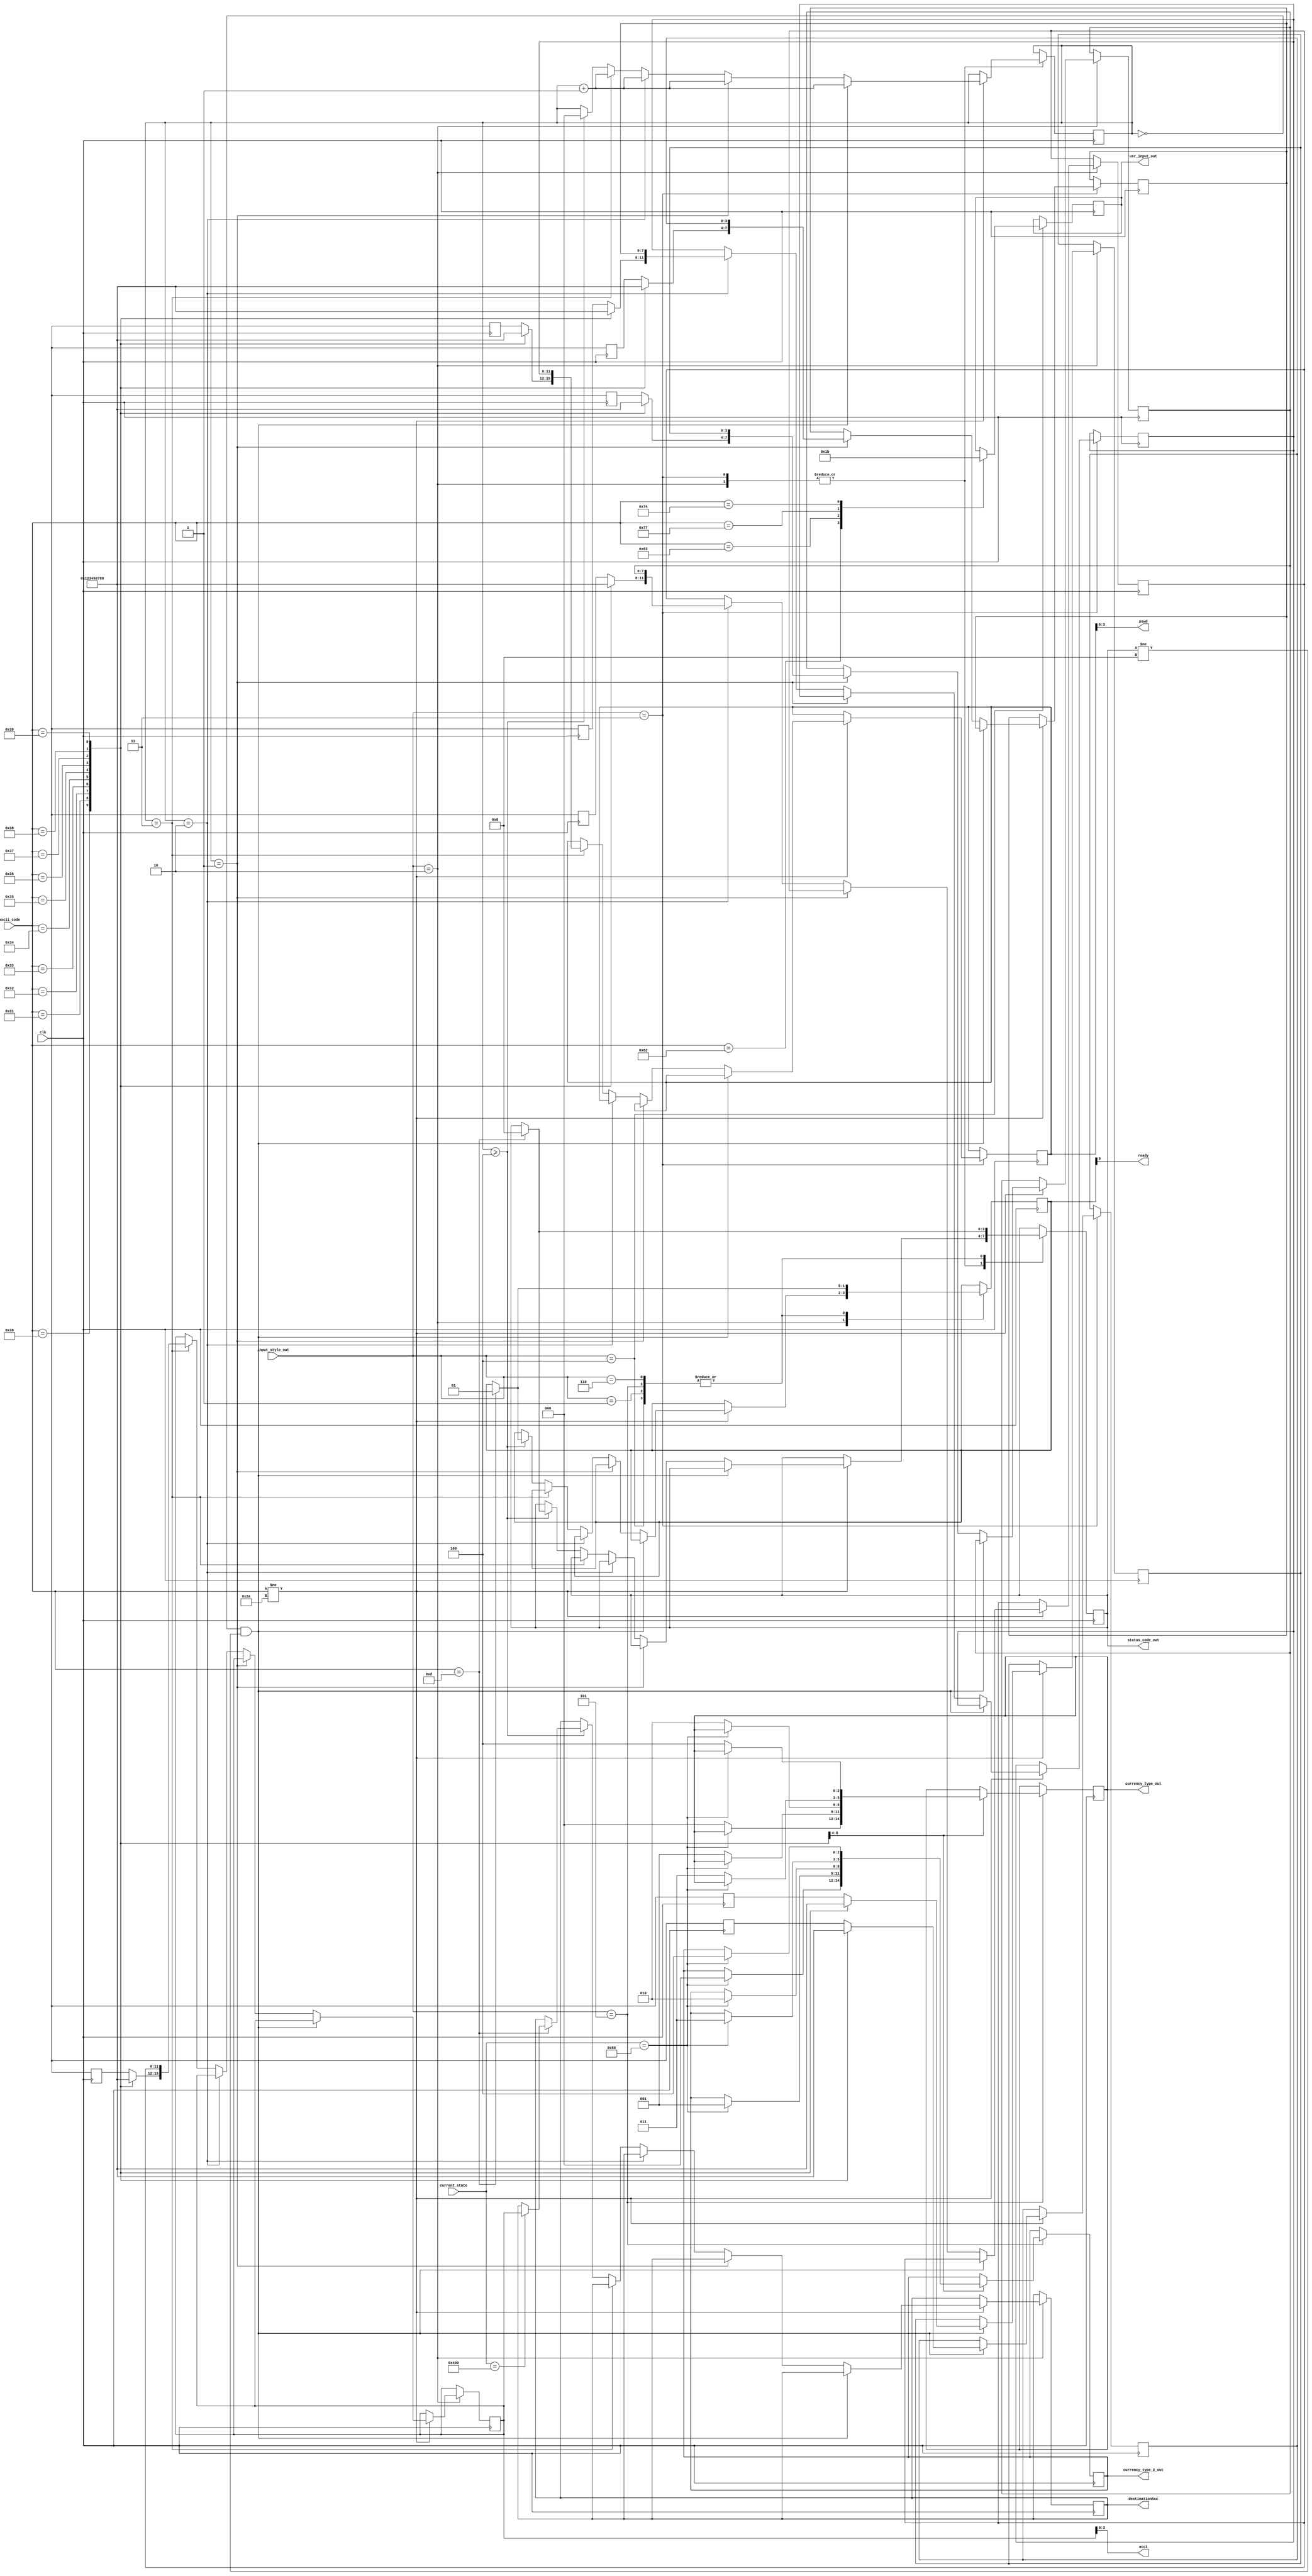
`timescale 1ns / 1ps
//////////////////////////////////////////////////////////////////////////////////
// Company: 
// Engineer: 
// 
// Design Name: 
// Module Name: user_input
// Project Name: 
// Target Devices: 
// Tool Versions: 
// Description: 
// 
// Dependencies: 
// 
// Revision:
// Revision 0.01 - File Created
// Additional Comments:
// 
//////////////////////////////////////////////////////////////////////////////////


// PROGRAM TO SEND READY SIGNAL FOR EVERYTHING
// asciitobinary.v calls are embedded


module user_input(
    input clk,
    input  [7:0] ascii_code,
    input  [3:0] input_style_out,
    input [15:0] current_state,
    output ready,
    output [3:0] status_code_out,
    output [3:0] pswd,
    output [3:0] acct,
    output [1:0] usr_input_out,
    output [2:0] currency_type_out,
    output [2:0] currency_type_2_out,
    output [15:0] destinationAcc
    );
    reg[3:0] a;
    reg[3:0] a1; // asciitobinary conversion temporary reg
    reg[7:0] a2;
    reg [11:0] a3;
    reg [15:0] a4;
  
    reg[3:0] a12; // asciitobinary conversion temporary reg
    reg[7:0] a22;
    reg [11:0] a32;
    reg [15:0] a42;
  
    reg[3:0] status_codes;
    reg[1:0] usr_inputs;
    reg[2:0] currency_type;
    reg[2:0] currency_type_2;
    reg[15:0] destinationa;
    
    reg[1:0] ready_reg;
  	//reg done=0;

    parameter [2:0]
        USD = 3'b000,
        BTC = 3'b001,
        ETH = 3'b010,
        XRP = 3'b011,
        LTC = 3'b100;
        
    parameter [3:0] 
        ACC_FOUND = 4'b0001,
        ACC_NOT_FOUND = 4'b0010,
        PIN_CORRECT = 4'b0011,
        PIN_INCORRECT = 4'b0100,
        AMT_VALID = 4'b0101,
        AMT_INVALID = 4'b0110,
        EXIT = 4'b0111,
        INPUT_COMPLETE = 4'b1000;
        
    parameter [3:0]
        SINGLE_KEY = 4'b0001,
        ACC_NUMBER = 4'b0010,
        PIN_NUMBER = 4'b0011,
        MENU_SELECTION = 4'b0100,
        CURRENCY_TYPE = 4'b0101,
        CURRENCY_AMOUNT = 4'b0110;
        
    parameter [1:0]
        BALANCE = 2'b00,
        CONVERT = 2'b01,
        WITHDRAW_OPTION = 2'b10,
        TRANSFER_OPTION = 2'b11;
        
    parameter [15:0] // I made this encoding scheme so i could light up debug LEDs but there are too many states lol
                     // These will probably change but wont affect any other modules
        IDLE = 16'b0000000000000001,
        ACC_NUM = 16'b0000000000000010,
        PIN_INPUT = 16'b0000000000000100,
        MENU = 16'b0000000000001000,
        SHOW_BALANCES = 16'b0000000000010000,
        CONVERT_CURRENCY = 16'b0000000000100000,
        SELECT_CURRENCY_CONVERT_1 = 16'b0000000001000000,
        SELECT_CURRENCY_CONVERT_2 = 16'b0000000010000000,
        WITHDRAW = 16'b0000000100000000,
        SELECT_AMOUNT_WITHDRAW = 16'b0000001000000000,
        TRANSFER = 16'b0000010000000000,
        SELECT_CURRENCY_TRANSFER = 16'b0000100000000000,
        SELECT_AMOUNT_TRANSFER = 16'b0001000000000000,
        ERROR = 16'b0010000000000000,
        SUCCESS = 16'b0100000000000000;    
    
    reg [2:0] count =0;
    
    initial begin
    status_codes = 0;
    end
    
    /*
    `define CLOCK_FREQ 100000000 // 100 MHz clk
    `define TIME_DELAY 3 // seconds
    reg [31:0] timer = 0;
    */
    //assign do_something = (timer==`CLOCK_FREQ*`TIME_DELAY); //3 second pause
  
   task ascii2binary;
	input [7:0] digits_byte;  
	output [3:0]out;	
	begin
		case (digits_byte)
		8'h30: out = 4'b0000;		//ASCII hex 30 = 0 in Binary
		8'h31: out = 4'b0001;		//ASCII hex 31 = 1 in Binary
		8'h32: out = 4'b0010;		//ASCII hex 32 = 2 in Binary
		8'h33: out = 4'b0011;		//ASCII hex 33 = 3 in Binary
		8'h34: out = 4'b0100;		//ASCII hex 34 = 4 in Binary
		8'h35: out = 4'b0101; 		//ASCII hex 35 = 5 in Binary
		8'h36: out = 4'b0110;		//ASCII hex 36 = 6 in Binary
		8'h37: out = 4'b0111;		//ASCII hex 37 = 7 in Binary
		8'h38: out = 4'b1000;		//ASCII hex 38 = 8 in Binary
		8'h39: out = 4'b1001;		//ASCII hex 39 = 9 in Binary
		endcase
	end
   endtask
    
    always @(posedge clk) begin
    /*
    if (ascii_code == 8'h71) begin   // q
        status_codes = EXIT;
    end
    */
    case(input_style_out)
        ACC_NUMBER: begin
        //done<=0;
          if (ascii_code != 8'h2A) begin
            //Concatenation code for ACC_NUMBER  
            if((count == 3'b000) & (status_codes != INPUT_COMPLETE)) begin
                //a <= 4'b0000;
                //acct <= 16'b000000000000000;
                count <= count+1'b1;
                ascii2binary(ascii_code[7:0],a); 
                a1 <= a[3:0]; // 0 is the pin's LSB
              //done <= 1;
            end
            else if(count == 3'b001) begin
                //a <= 8'b00000000;
                count <= count+1'b1;
                ascii2binary(ascii_code[7:0],a);
                a2 <= {a[3:0],a1};
              //done <= 1;
            end
            else if(count == 3'b010) begin
                //a3 <= 12'b000000000000;
                count <= count+1'b1;
                ascii2binary(ascii_code[7:0],a);
                a3 <= {a[3:0],a2};
             // ascii_code <= 8'h2A;
              //done <= 1;
            end
            else if(count == 3'b011) begin
                //a4 <= 16'b0000000000000000;
                count <= count+1'b1;
                ascii2binary(ascii_code[7:0],a);
                a4 <= {a[3:0],a3};
              //ascii_code <= 8'h2A;
              //done <= 1;
            end
            else if(count >= 3'b100) begin    
                //acct <= 16'b000000000000000;             
                //always @(posedge clk) begin
                    // ready signal using enter key
                    if(ascii_code == 8'h0D)         // Enter button pressed
                        begin
                            status_codes = INPUT_COMPLETE;
                            ready_reg = 1'b1;
                            if (current_state == TRANSFER) begin
                                destinationa <= a4;
                            end 
                                //acct <= a4;
                          //ascii_code <= 8'h2A;
                        end
                    //timer <= timer + 1'b1; // waits for 3 seconds       
                //end
                count <= 3'b000;
            end  
        end
        end
        
        PIN_NUMBER: begin
          //done <= 0;
          if (ascii_code != 8'h2A) begin // if code is non-default
            if((count == 3'b000) & (status_codes != INPUT_COMPLETE)) begin // digit1
                //a1 <= 4'b0000;
                //pswd <= 16'b000000000000000;
                count <= count+1'b1;
                ascii2binary(ascii_code[7:0],a);
                a12 <= a[3:0]; // fill the LSB of output   
              //ascii_code <= 8'h2A;
              //done <= 1;
            end
            else if(count == 3'b001) begin
                //a2 <= 8'b00000000;
                count <= count + 1'b1;
                ascii2binary(ascii_code[7:0],a);
              a22 <= {a[3:0], a12};
              //ascii_code <= 8'h2A;
              //done <= 1;
            end
            else if(count == 3'b010) begin
                //a3 <= 12'b000000000000;
                count <= count + 1'b1;
                ascii2binary(ascii_code[7:0],a);
              a32 <= {a[3:0], a22};
              //ascii_code <= 8'h2A;
              //done <= 1;
            end
            else if(count == 3'b011) begin
                //a3 <= 12'b000000000000;
                count <= count + 1'b1;
                ascii2binary(ascii_code[7:0],a);
              a42 <= {a[3:0], a32};
              //ascii_code <= 8'h2A;
              //done <= 1;
            end
            else if(count >= 3'b100) begin
                //pswd <= 16'b0000000000000000;
                //always @(posedge clk) begin
                    // ready signal using enter key
                    if(ascii_code == 8'h0D)         // Enter button pressed
                        begin
                            status_codes = INPUT_COMPLETE;
                            //pswd <= a4;
                          //ascii_code <= 8'h2A;
                        end
                    //timer <= timer + 1'b1; // waits for 3 seconds       
                //end
                count <= 3'b000;
            end
        end
        end
        
        
        
        MENU_SELECTION: begin
            case(ascii_code)
                8'h62: begin                               // b key (balance)
                    usr_inputs = BALANCE;
                    end
                8'h63: begin                               // c (convert currency)
                    usr_inputs = CONVERT;
                    end
                8'h77: begin                               // w (withdraw)
                    usr_inputs = WITHDRAW_OPTION;
                    end
                8'h74: begin                              // t (transfer)
                    usr_inputs = TRANSFER_OPTION;
                    end
            endcase
            //always @(posedge clk) begin
                   // timer <= timer + 1'b1; // waits for 3 seconds       
                    // ready signal using enter key
                    if(ascii_code == 8'h0D)         // Enter button pressed
                        begin
                            status_codes = INPUT_COMPLETE;
                            ready_reg = 1'b1;
                        end
            //end
        end 
  
        SINGLE_KEY: begin                         
                //always @(posedge clk) begin
                   // timer <= timer + 1'b1; // waits for 3 seconds       
                    // ready signal using enter key
                    if(ascii_code == 8'h0D)         // Enter button pressed
                        begin
                            status_codes = INPUT_COMPLETE;
                            ready_reg = 1'b1;
                        end
                //end            
        end
                
        CURRENCY_TYPE: begin            ///1 to 5 cases         ///  currency_type_out = ascii hex   ///ready signal
            case(ascii_code)
                8'h31: begin                            // 1 - USD
                    if (current_state == SELECT_CURRENCY_CONVERT_2)
                        currency_type_2 = USD;
                    else
                        currency_type = USD;
                    end
                    
                8'h32: begin                            // 2 - BTC
                    if (current_state == SELECT_CURRENCY_CONVERT_2)
                        currency_type_2 = BTC;
                    else
                        currency_type = BTC;
                    end
                8'h33: begin                           // 3 - ETH
                    if (current_state == SELECT_CURRENCY_CONVERT_2)
                        currency_type_2 = ETH;
                    else
                        currency_type = ETH;
                    end
                8'h34: begin                           // 4 - XRP
                    if (current_state == SELECT_CURRENCY_CONVERT_2)
                        currency_type_2 = XRP;
                    else
                        currency_type = XRP;
                    end
                8'h35: begin                           // 5 - LTC
                    if (current_state == SELECT_CURRENCY_CONVERT_2)
                        currency_type_2 = LTC;
                    else
                        currency_type = LTC;
                    end
            endcase
            //always @(posedge clk) begin
                    //timer <= timer + 1'b1; // waits for 3 seconds       
                    // ready signal using enter key
                    if(ascii_code == 8'h0D)         // Enter button pressed
                        begin
                            status_codes = INPUT_COMPLETE;
                            ready_reg = 1'b1;
                        end
                //end
        end
            
            
        CURRENCY_AMOUNT: begin       
        
              //// until max out 8 digits or they hit enter /////////////////////////////////
              
            //always @(posedge clk) begin
                    //timer <= timer + 1'b1; // waits for 3 seconds       
                    // ready signal using enter key
                    if(ascii_code == 8'h0D)         // Enter button pressed
                        begin
                            status_codes = INPUT_COMPLETE;
                            ready_reg = 1'b1;
                        end
                //end
        end

    endcase
    end
    
    assign ready = ready_reg;
  	assign acct = a4;
  	assign pswd = a42;
  	assign status_code_out = status_codes;
  	assign usr_input_out = usr_inputs;
  	assign currency_type_out = currency_type;
  	assign currency_type_2_out = currency_type_2;
    assign destinationAcc = destinationa;
    
endmodule